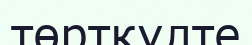
төрткүлте